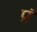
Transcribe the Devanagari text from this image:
प्रं